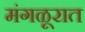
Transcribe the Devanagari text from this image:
मंगळूरात